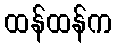
ထန်ထန်က